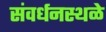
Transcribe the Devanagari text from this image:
संवर्धनस्थळे